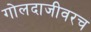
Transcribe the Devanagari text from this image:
गोलदाजीवरच